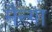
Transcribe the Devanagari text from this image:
मैन्गा